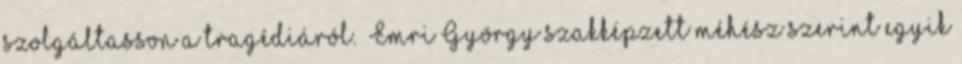
szolgáltasson a tragédiáról.” Emri György szakképzett méhész szerint egyik